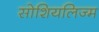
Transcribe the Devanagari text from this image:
सोशियलिज्म